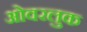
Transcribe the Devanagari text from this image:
ओवरलुक